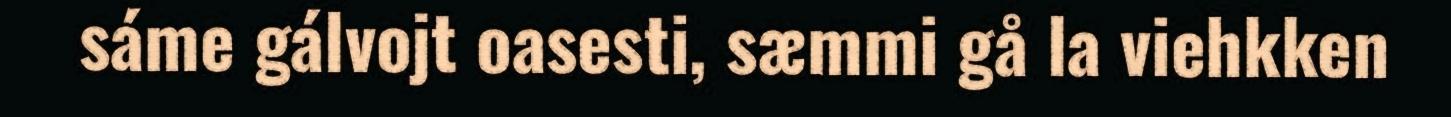
sáme gálvojt oasesti, sæmmi gå la viehkken